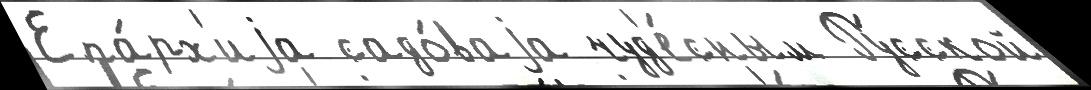
Епа́рх'иjа садо́ваjа чуд'е́сным Ру́сской